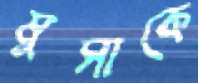
মুসাকে